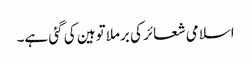
اسلامی شعائر کی برملا توہین کی گئی ہے۔